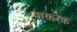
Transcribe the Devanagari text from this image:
वाकरेक